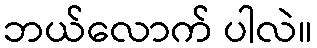
ဘယ်လောက် ပါလဲ။